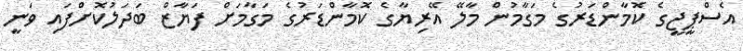
އެސްޕީޖީގެ ކޮމާންޑަރުގެ މަގާމުން މާލޭ އޭރިޔާގެ ކޮމާންޑަރުގެ މަގާމަށް ފަޔާޒް ބަދަލުކޮށްފައި ވަނީ